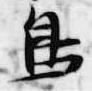
鳥